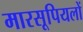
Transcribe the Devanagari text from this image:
मारसूपियलों